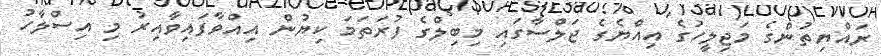
ރައްޔިތުންގެ މަޖިލީހުގެ އިއްޔެގެ ޖަލްސާގައި މިބިލްގެ ފުރަތަމަ ކިޔުން އިއްވާފައިވާއިރު މި އިސްލާހު